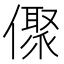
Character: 𠏭